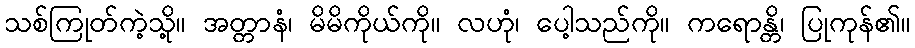
သစ်ကြုတ်ကဲ့သို့။ အတ္တာနံ၊ မိမိကိုယ်ကို။ လဟုံ၊ ပေါ့သည်ကို။ ကရောန္တိ၊ ပြုကုန်၏။